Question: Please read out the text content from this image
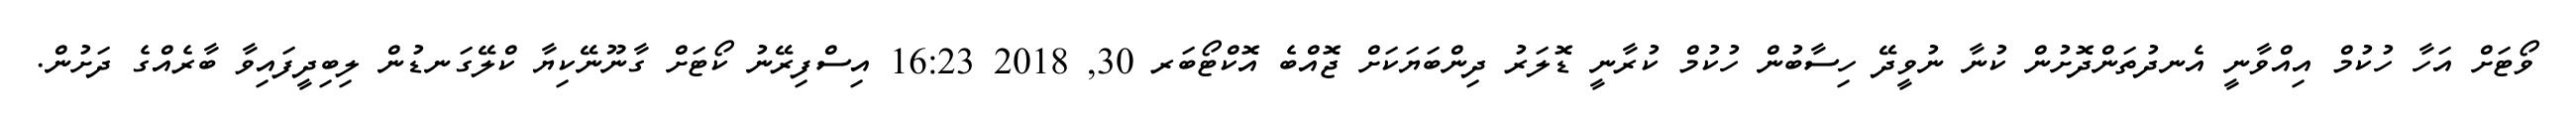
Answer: ވޯޓަށް އަހާ ހުކުމް އިއްވާނީ އެނދުތަންދޮށުން ކުނާ ނުވީދޭ ހިސާބުން ހުކުމް ކުރާނީ ޑޮލަރު ދިންބަޔަކަށް ޖޮއްބެ އޮކްޓޯބަރ 30, 2018 16:23 އިސްފިރޭނު ކޯޓަށް ގާނޫނޭކިޔާ ކްލޭގަނޑުން ލިބިދީފައިވާ ބާރެއްގެ ދަށުން.